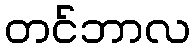
တင်ဘာလ